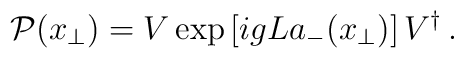
{\cal P}({x}_\bot)= V \exp\left[ ig L a_-(x_{\bot}) \right] V^{\dagger} \, .